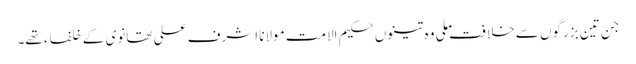
جن تین بزرگوں سے خلافت ملی وہ تینوں حکیم الامت مولانا اشرف علی تھانوی کے خلفاء تھے۔